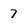
Character: 7